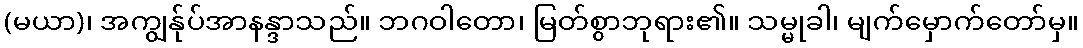
(မယာ)၊ အကျွန်ုပ်အာနန္ဒာသည်။ ဘဂဝါတော၊ မြတ်စွာဘုရား၏။ သမ္မုခါ၊ မျက်မှောက်တော်မှ။